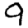
Digit: 9